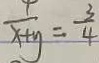
\frac { 1 } { x + y } = \frac { 3 } { 4 }